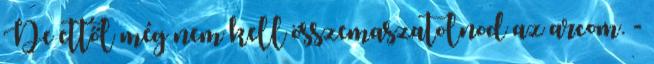
De ettől még nem kell összemaszatolnod az arcom. -